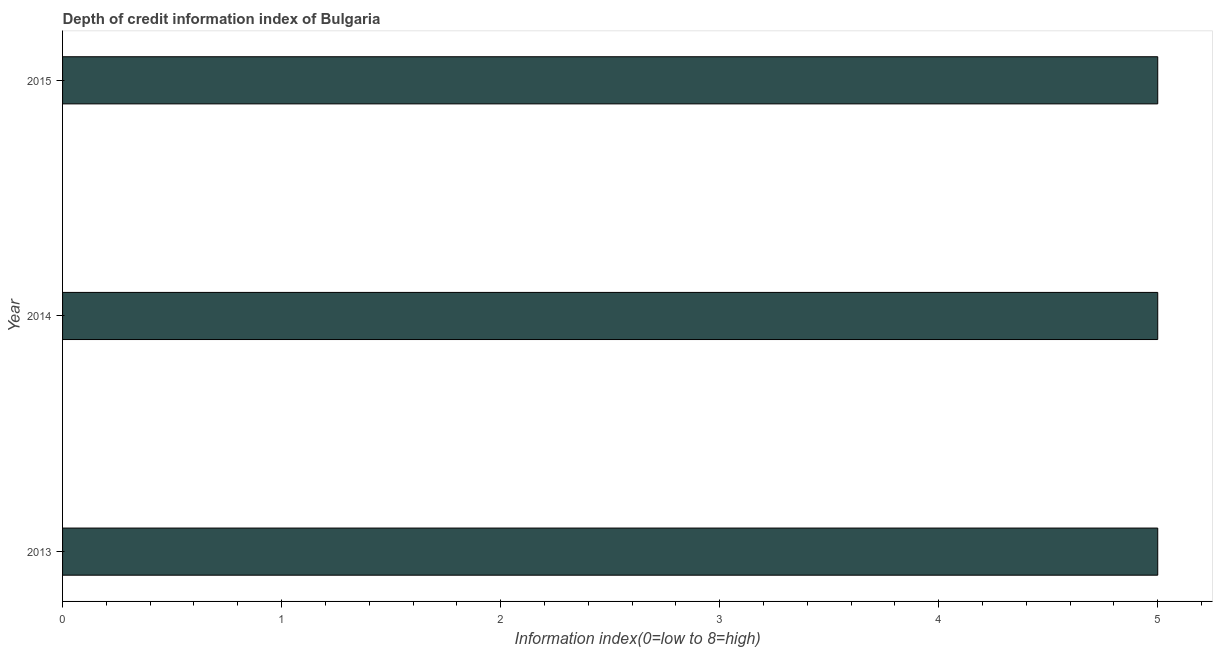
| Year | Depth of credit information index |
 | --- | --- |
 | 2013 | 5 |
 | 2014 | 5 |
 | 2015 | 5 |